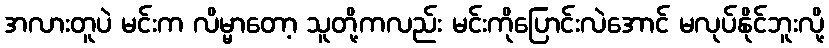
အလားတူပဲ မင်းက လိမ္မာတော့ သူတို့ကလည်း မင်းကိုပြောင်းလဲအောင် မလုပ်နိုင်ဘူးလို့